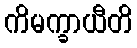
ကိမက္ခာယီတိ